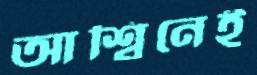
আশ্বিনেই